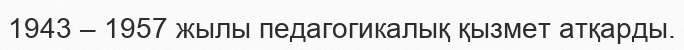
1943 – 1957 жылы педагогикалық қызмет атқарды.